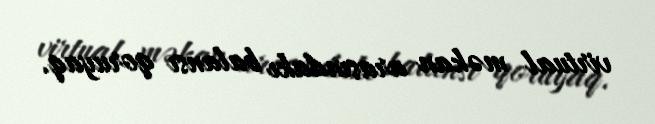
virtual məkan arasındakı balansı qoruyaq.